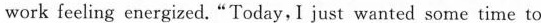
work feeling energized."Today, I just wanted some time to